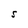
Character: S